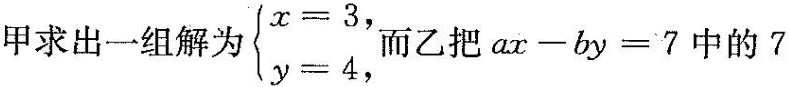
甲求出一组解为 $$\begin { cases }